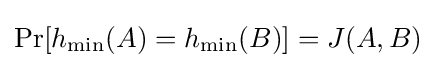
{\text{Pr}}[h_{\text{min}}(A)=h_{\text{min}}(B)]=J(A,B)